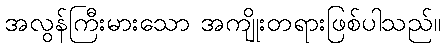
အလွန်ကြီးမားသော အကျိုးတရားဖြစ်ပါသည်။